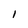
Character: I